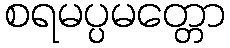
စရမပ္ပမတ္တော